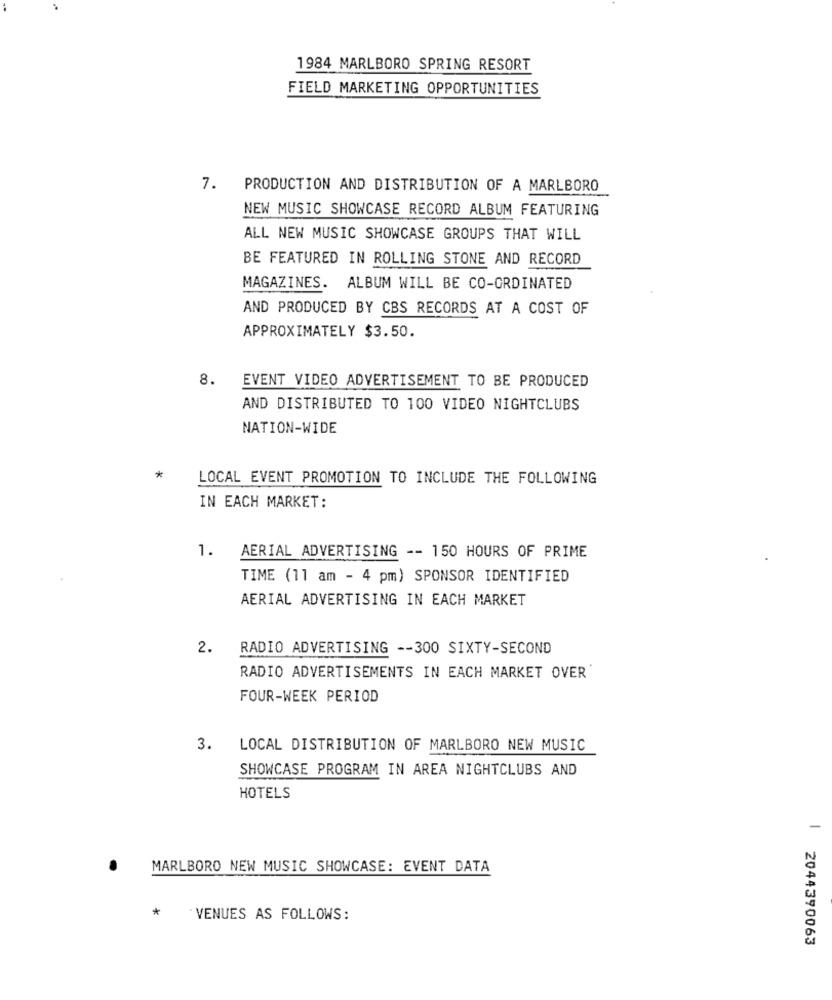
1984 MARLBORO SPRING RESORT
FIELD MARKETING OPPORTUNITIES
7. PRODUCTION AND DISTRIBUTION OF A MARLBORO
NEW MUSIC SHOWCASE RECORD ALBUM FEATURING
ALL NEW MUSIC SHOWCASE GROUPS THAT WILL
BE FEATURED IN ROLLING STONE AND RECORD
MAGAZINES. ALBUM WILL BE CO-ORDINATED
AND PRODUCED BY CBS RECORDS AT A COST OF
APPROXIMATELY $3.50.
8.
EVENT VIDEO ADVERTISEMENT TO BE PRODUCED
AND DISTRIBUTED TO 100 VIDEO NIGHTCLUBS
NATION-WIDE
*
LOCAL EVENT PROMOTION TO INCLUDE THE FOLLOWING
IN EACH MARKET:
1. AERIAL ADVERTISING -- 150 HOURS OF PRIME
TIME (11 am - 4 pm) SPONSOR IDENTIFIED
AERIAL ADVERTISING IN EACH MARKET
2.
RADIO ADVERTISING -- 300 SIXTY-SECOND
RADIO ADVERTISEMENTS IN EACH MARKET OVER
FOUR-WEEK PERIOD
3. LOCAL DISTRIBUTION OF MARLBORO NEW MUSIC
SHOWCASE PROGRAM IN AREA NIGHTCLUBS AND
HOTELS
MARLBORO NEW MUSIC SHOWCASE: EVENT DATA
*
VENUES AS FOLLOWS:
2044390063